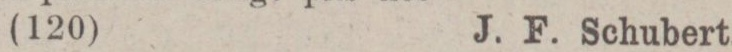
(120)    J. F. Schubert.